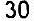
30